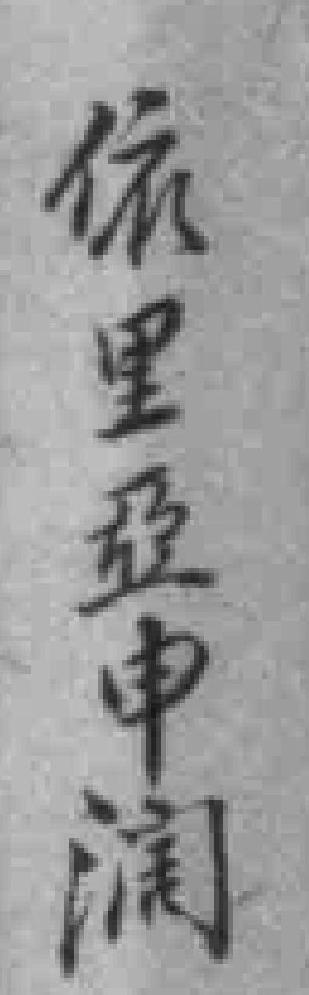
依里亞申润